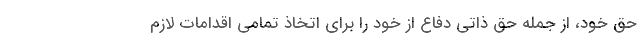
حق خود، از جمله حق ذاتی دفاع از خود را برای اتخاذ تمامی اقدامات لازم